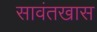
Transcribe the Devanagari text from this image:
सावंतखास